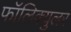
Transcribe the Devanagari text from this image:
फॉलिक्युलर